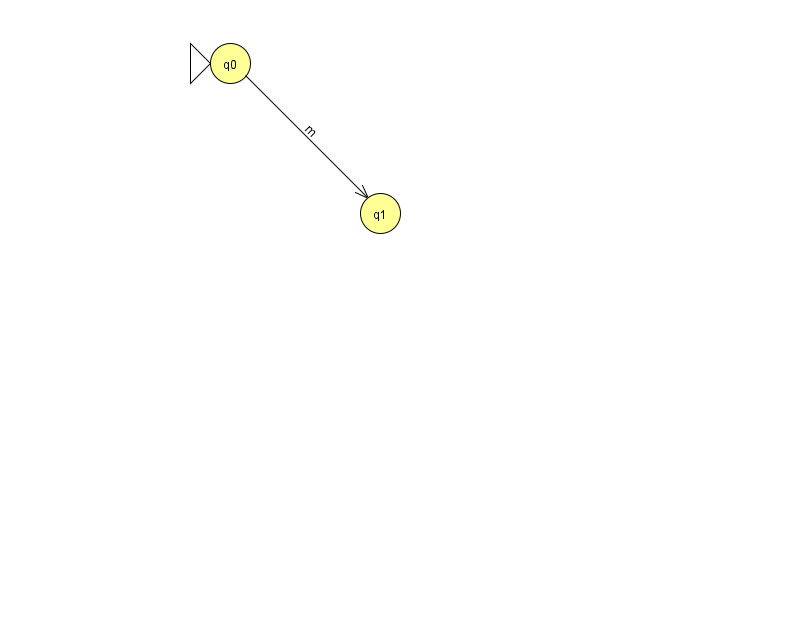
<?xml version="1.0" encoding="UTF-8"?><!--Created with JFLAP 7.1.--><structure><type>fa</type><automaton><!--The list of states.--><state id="0" name="q0"><x>230.0</x><y>50.0</y><initial/></state><state id="1" name="q1"><x>380.0</x><y>200.0</y></state><!--The list of transitions.--><transition><from>0</from><to>1</to><read>m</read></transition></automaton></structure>